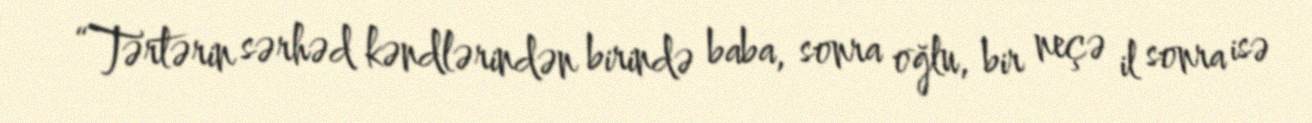
“Tərtərin sərhəd kəndlərindən birində baba, sonra oğlu, bir neçə il sonra isə